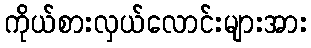
ကိုယ်စားလှယ်လောင်းများအား